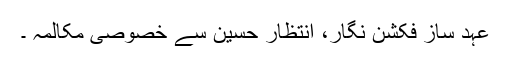
عہد ساز فکشن نگار، انتظار حسین سے خصوصی مکالمہ ۔